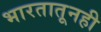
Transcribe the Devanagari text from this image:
भारतातूनही